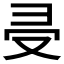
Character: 𠬶